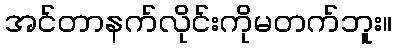
အင်တာနက်လိုင်းကိုမတက်ဘူး။